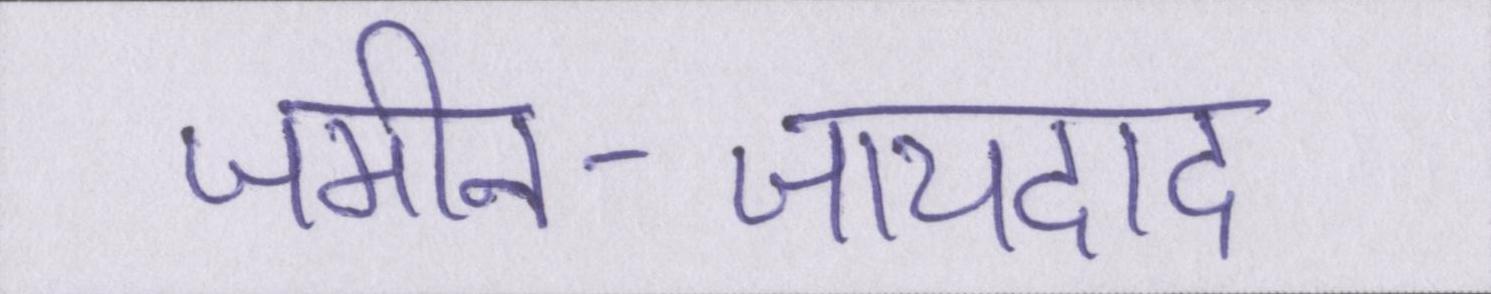
जमीन-जायदाद